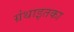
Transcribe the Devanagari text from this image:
ग्रंथाइतका